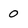
Character: 0